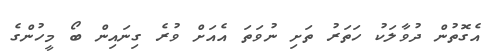
އެގޮތުން ދުވާލަކު ހަތަރު ތަށި ނުވަތަ އެއަށް ވުރެ ގިނައިން ބޯ މީހުންގެ